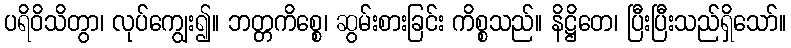
ပရိဝိသိတွာ၊ လုပ်ကျွေး၍။ ဘတ္တကိစ္စေ၊ ဆွမ်းစားခြင်း ကိစ္စသည်။ နိဋ္ဌိတေ၊ ပြီးပြီးသည်ရှိသော်။